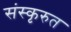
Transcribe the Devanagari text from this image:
संस्कृरुत